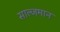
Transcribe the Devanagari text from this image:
साल्जमान